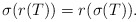
\begin{align*} \sigma(r(T))=r(\sigma(T)).\end{align*}